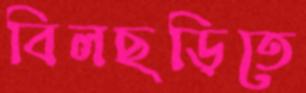
বিলছড়িতে